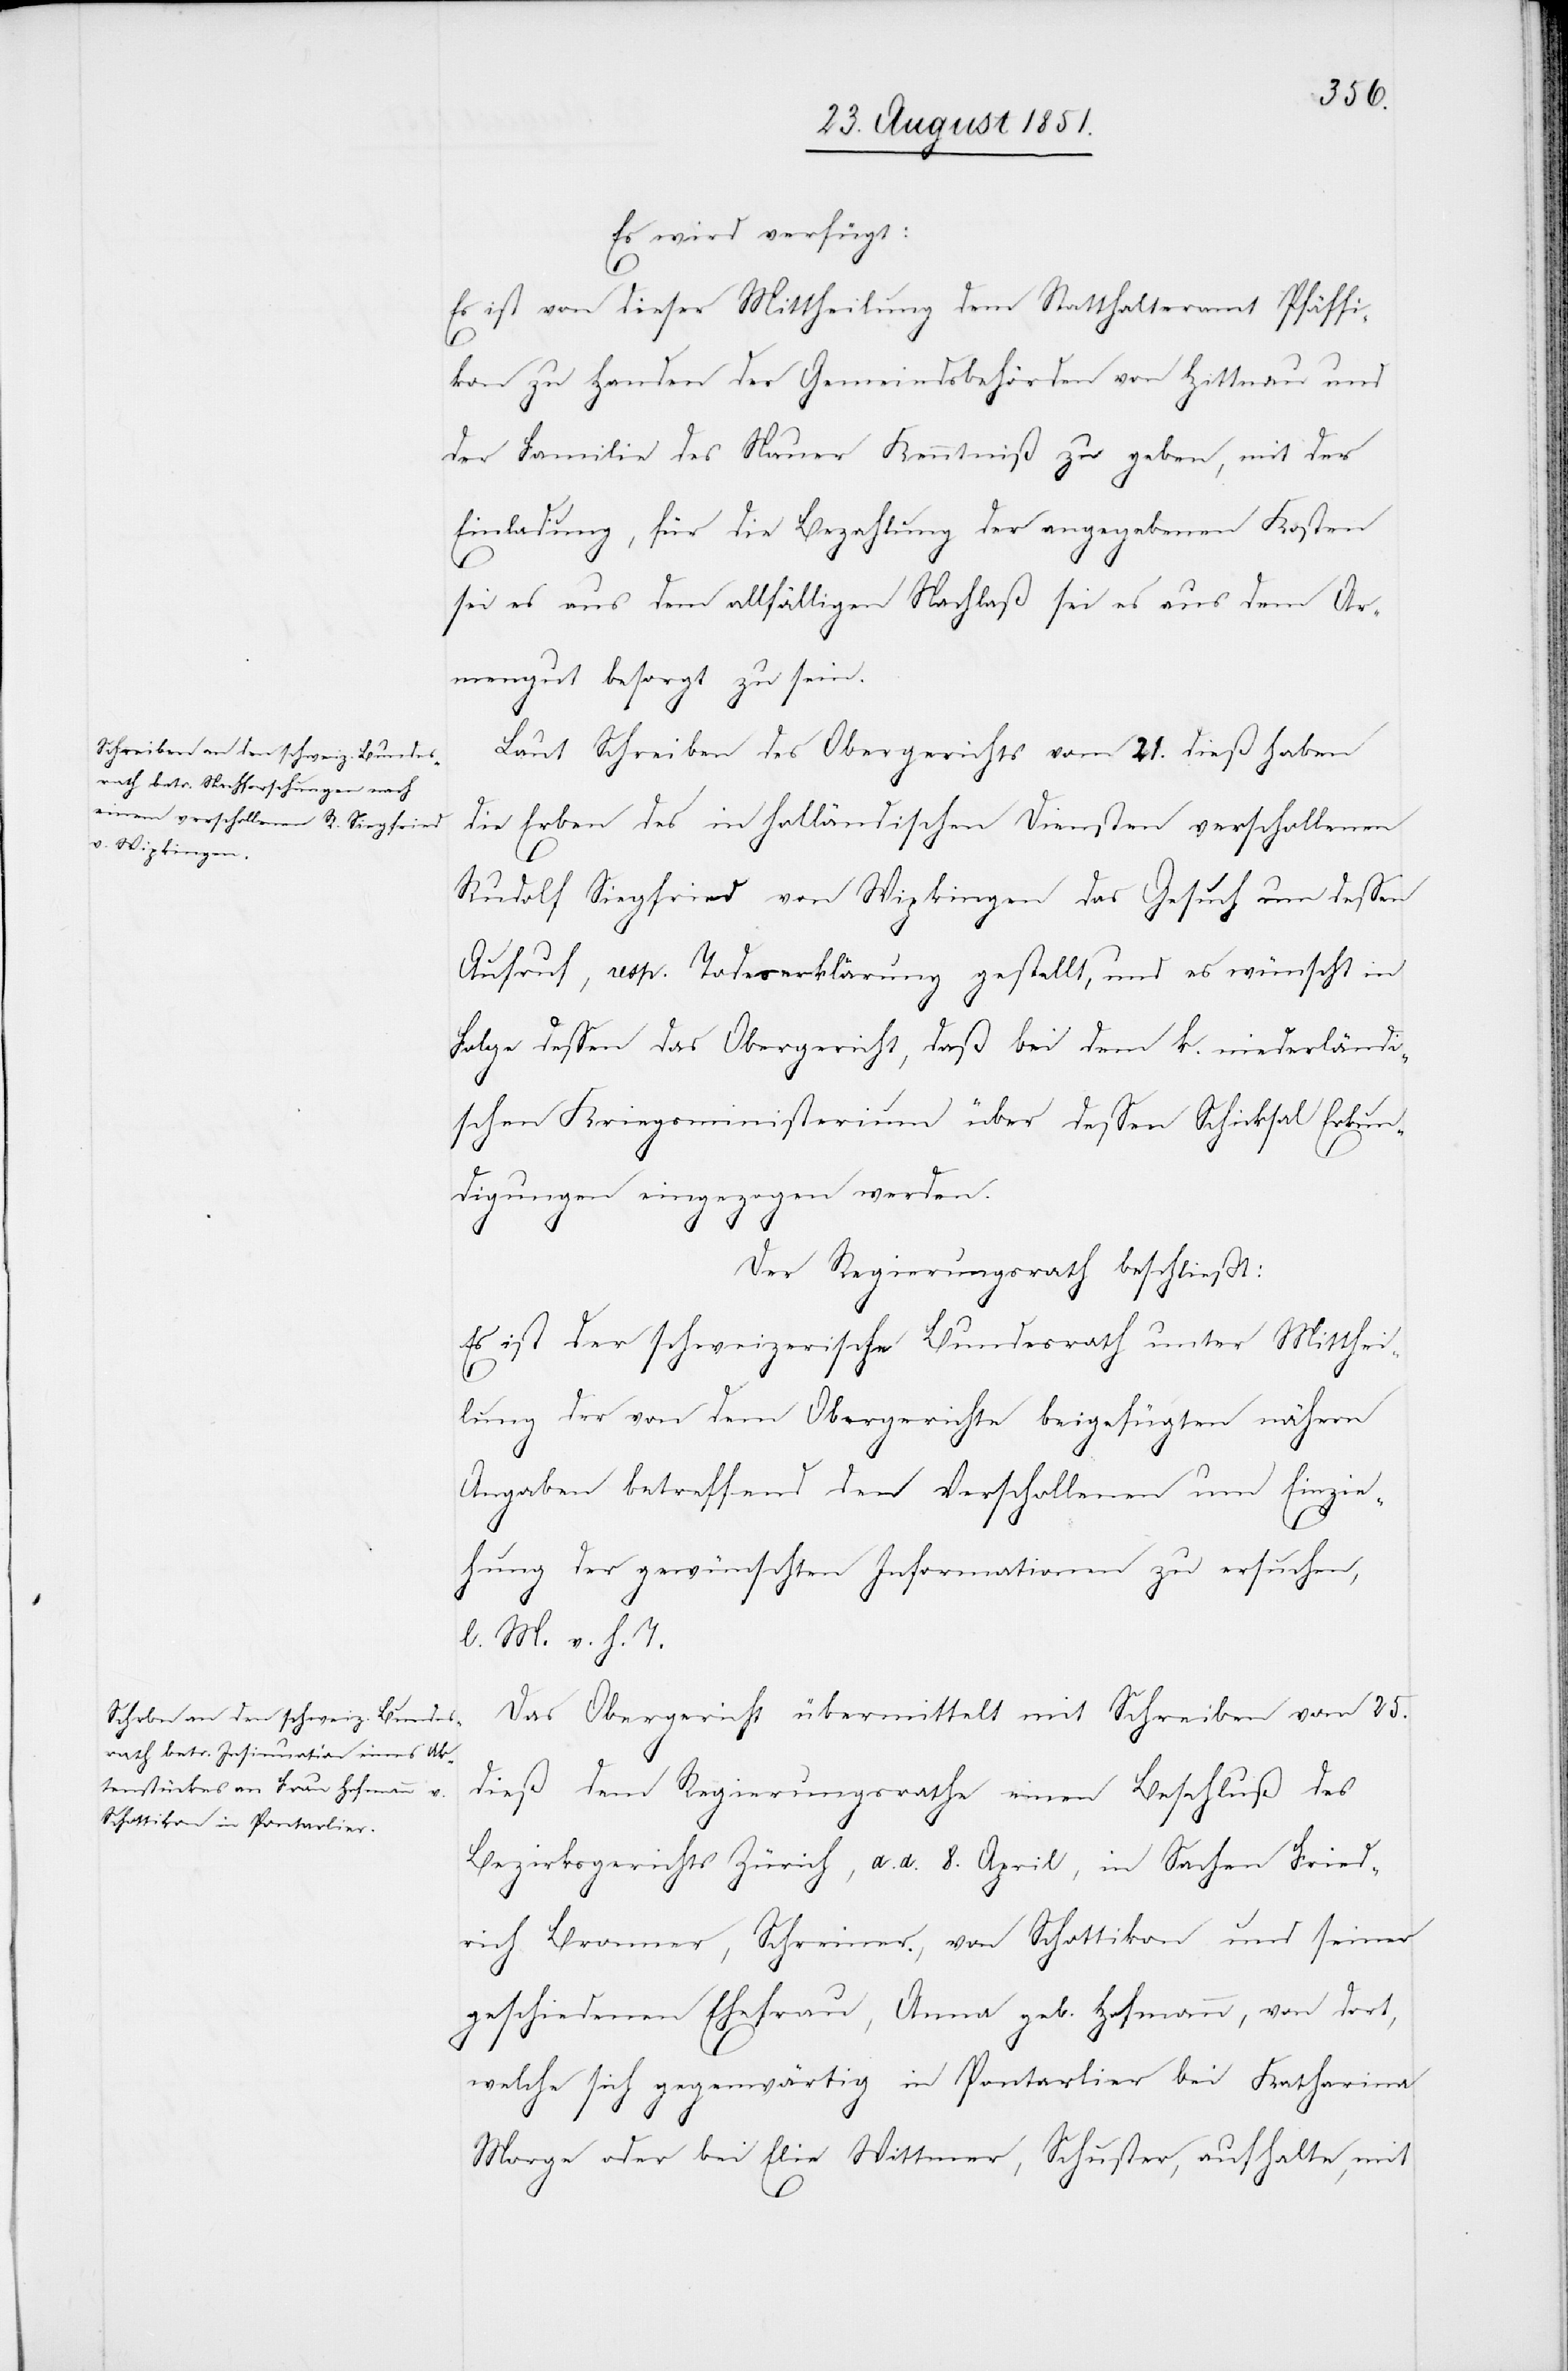
Es wird verfügt:
Es ist von dieser Mittheilung dem Statthalteramt Pfäffi¬
kon zu Handen der Gemeindsbehörden von Hittnau und
der Familie des Nauer Kenntniß zu geben, mit der
Einladung, für die Bezahlung der angegebenen Kosten
sei es aus dem allfälligen Nachlaß sei es aus dem Ar¬
mengut besorgt zu sein.
Laut Schreiben des Obergerichts vom 21. dieß haben
die Erben des in holländischen Diensten verschollenen
Rudolf Siegfried von Wipkingen das Gesuch um dessen
Aufruf, resp. Todeserklärung gestellt, und es wünscht in
Folge dessen das Obergericht, daß bei dem k. niederländi¬
schen Kriegsministerium über dessen Schicksal Erkun¬
digungen eingezogen werden.
Der Regierungsrath beschließt:
Es ist der schweizerische Bundesrath unter Mitthei¬
lung der von dem Obergerichte beigefügten nähern
Angaben betreffend den Verschollenen um Einzie¬
hung der gewünschten Informationen zu ersuchen,
l. M. v. h. T.
Das Obergericht übermittelt mit Schreiben vom 25.
dieß dem Regierungsrathe einen Beschluß des
Beziksgerichts Zürich, d. d. 8. April, in Sachen Fied¬
rich Bronner, Schreiner, von Schottikon und seiner
geschiedenen Ehefrau, Anna geb. Hofmann, von dort,
welche sich gegenwärtig in Pontarlier bei Katharina
Morge oder bei Elie Wittmer, Schuster, aufhalte, mit